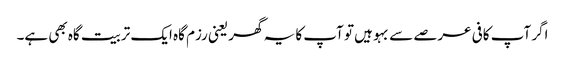
اگر آپ کافی عرصے سے بہو ہیں تو آپ کا یہ گھر یعنی رزم گاہ ایک تربیت گاہ بھی ہے۔